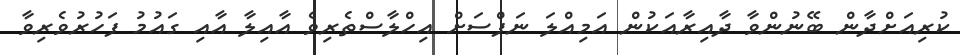
ކުރިއަށްދާން ބޭނުންވާ ދާއިރާއަކުން އަމިއްލަ ނަފްސަށް އިހްލާސްތެރިވެ އާއިލާ އާއި ގައުމު ފަހުރުވެރިވާ